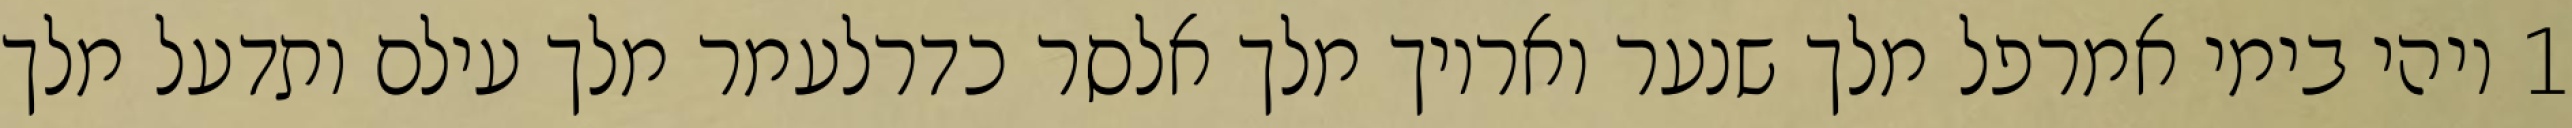
1 ויהי בימי אמרפל מלך שנער ואריוך מלך אלסר כדרלעמר מלך עילם ותדעל מלך